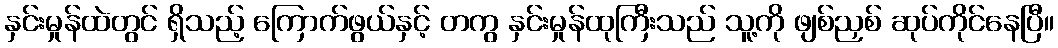
နှင်းမှုန်ထဲတွင် ရှိသည့် ကြောက်ဖွယ်နှင့် တကွ နှင်းမှုန်ထုကြီးသည် သူ့ကို ဖျစ်ညှစ် ဆုပ်ကိုင်နေပြီ။